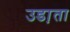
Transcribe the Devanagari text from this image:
उडा़ता